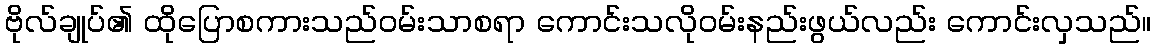
ဗိုလ်ချုပ်၏ ထိုပြောစကားသည်ဝမ်းသာစရာ ကောင်းသလိုဝမ်းနည်းဖွယ်လည်း ကောင်းလှသည်။